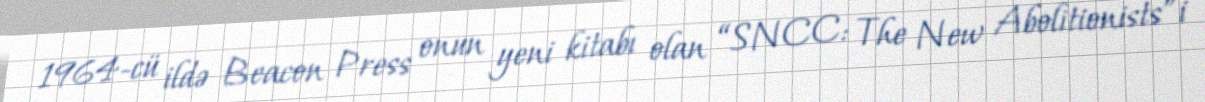
1964-cü ildə Beacon Press onun yeni kitabı olan “SNCC: The New Abolitionists”i